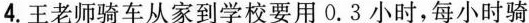
4.王老师骑车从家到学校要用0.3小时，每小时骑